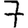
Digit: 7